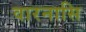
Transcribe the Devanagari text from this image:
वारनासि